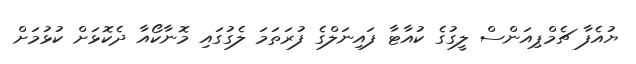
ޔުއެފާ ޗެމްޕިއަންސް ލީގުގެ ކުއާޓާ ފައިނަލްގެ ފުރަތަމަ ލެގުގައި މޮނާކޯއާ ދެކޮޅަށް ކުޅުމަށް